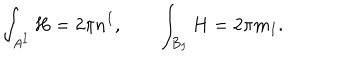
\int _ { A ^ { I } } H = 2 \pi n ^ { I } , \qquad \int _ { B _ { I } } H = 2 \pi m _ { I } .